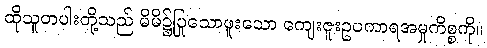
ထိုသူတပါးတို့သည် မိမိ၌ပြုသောဖူးသော ကျေးဇူးဥပကာရအမှုကိစ္စကို။